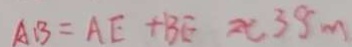
A B = A E + B E \approx 3 8 m